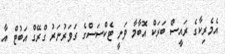
އެމެރިކާގެ ރައީސް ބަރަކް އޮބާމާ ވަނީ ޓެކްސަސްގެ ގަވަރުނަރު ގްރޭގް އަބުޓް އާ